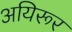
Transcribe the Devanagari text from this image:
अयिरूर